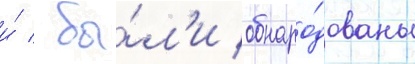
и́ / бы́л'и обнаро́дованы